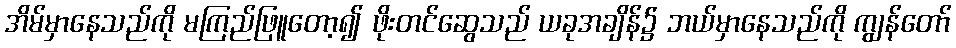
အိမ်မှာနေသည်ကို မကြည်ဖြူတော့၍ ဖိုးတင်ဆွေသည် ယခုအချိန်၌ ဘယ်မှာနေသည်ကို ကျွန်တော်